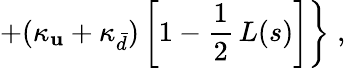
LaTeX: \left.+(\kappa_{\mathbf{u}}+\kappa_{\bar{{d}}})\left[1-\frac{{1}}{{2}}\, L(s)\right]\right\} \; ,